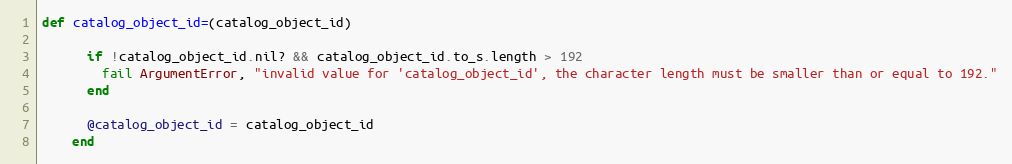
Language: Ruby
def catalog_object_id=(catalog_object_id)

      if !catalog_object_id.nil? && catalog_object_id.to_s.length > 192
        fail ArgumentError, "invalid value for 'catalog_object_id', the character length must be smaller than or equal to 192."
      end

      @catalog_object_id = catalog_object_id
    end